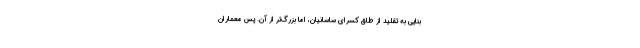
بنایی به تقلید از طاق کسرای ساسانیان، اما بزرگ‌تر از آن. پس معماران